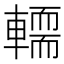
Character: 𨎪